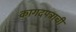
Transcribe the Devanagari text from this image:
कागदपत्राची